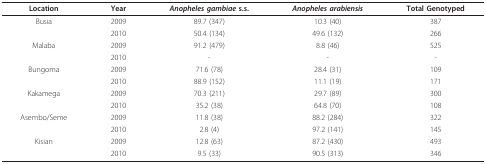
| Location | Year | Anopheles gambiae s.s. | Anopheles arabiensis | Total Genotyped |
 | --- | --- | --- | --- | --- |
 | Busia | 2009 | 89.7 (347) | 10.3 (40) | 387 |
 |  | 2010 | 50.4 (134) | 49.6 (132) | 266 |
 | Malaba | 2009 | 91.2 (479) | 8.8 (46) | 525 |
 |  | 2010 | - | - | - |
 | Bungoma | 2009 | 71.6 (78) | 28.4 (31) | 109 |
 |  | 2010 | 88.9 (152) | 11.1 (19) | 171 |
 | Kakamega | 2009 | 70.3 (211) | 29.7 (89) | 300 |
 |  | 2010 | 35.2 (38) | 64.8 (70) | 108 |
 | Asembo/Seme | 2009 | 11.8 (38) | 88.2 (284) | 322 |
 |  | 2010 | 2.8 (4) | 97.2 (141) | 145 |
 | Kisian | 2009 | 12.8 (63) | 87.2 (430) | 493 |
 |  | 2010 | 9.5 (33) | 90.5 (313) | 346 |